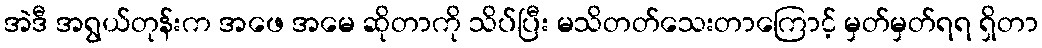
အဲဒီ အရွယ်တုန်းက အဖေ အမေ ဆိုတာကို သိပ်ပြီး မသိတတ်သေးတာကြောင့် မှတ်မှတ်ရရ ရှိတာ